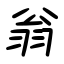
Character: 翁